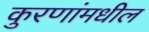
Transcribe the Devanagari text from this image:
कुरणांमधील